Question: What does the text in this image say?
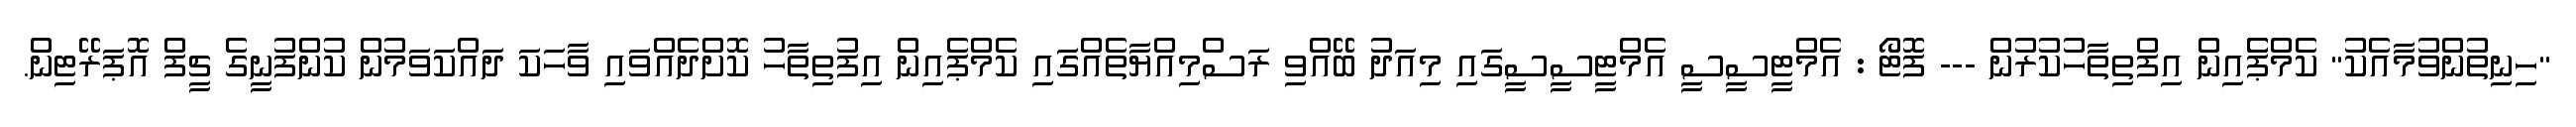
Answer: "ހިނިތުންވުމާއެކު" ކެމްޕެެެއިން އިފްތިތާހުކުރުން --- ފޮޓޯ : އެމްޓީސީސީ އެމްޓީސީސީގައި މިއަދު ބޭއްވި ރަސްމިއްޔާތެއްގައި ކެމްޕެއިން އިފުތިތާހު ކޮށްދެއްވައި ވާހަކަ ދައްކަވަމުން ކުންފުނީގެ ޗީފް އޮޕަރޭޓިން.